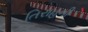
તિરાહની